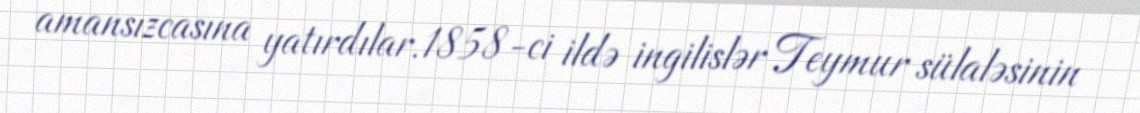
amansızcasına yatırdılar.1858-ci ildə ingilislər Teymur sülaləsinin